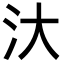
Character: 汏